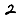
Digit: 2